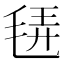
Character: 𣭿